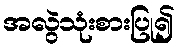
အလွဲသုံးစားပြု၍